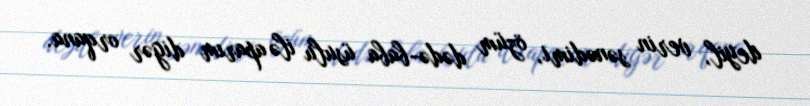
deyil, verin sənədimi, özüm dədə-baba üsulu ilə aparım digər orqana.